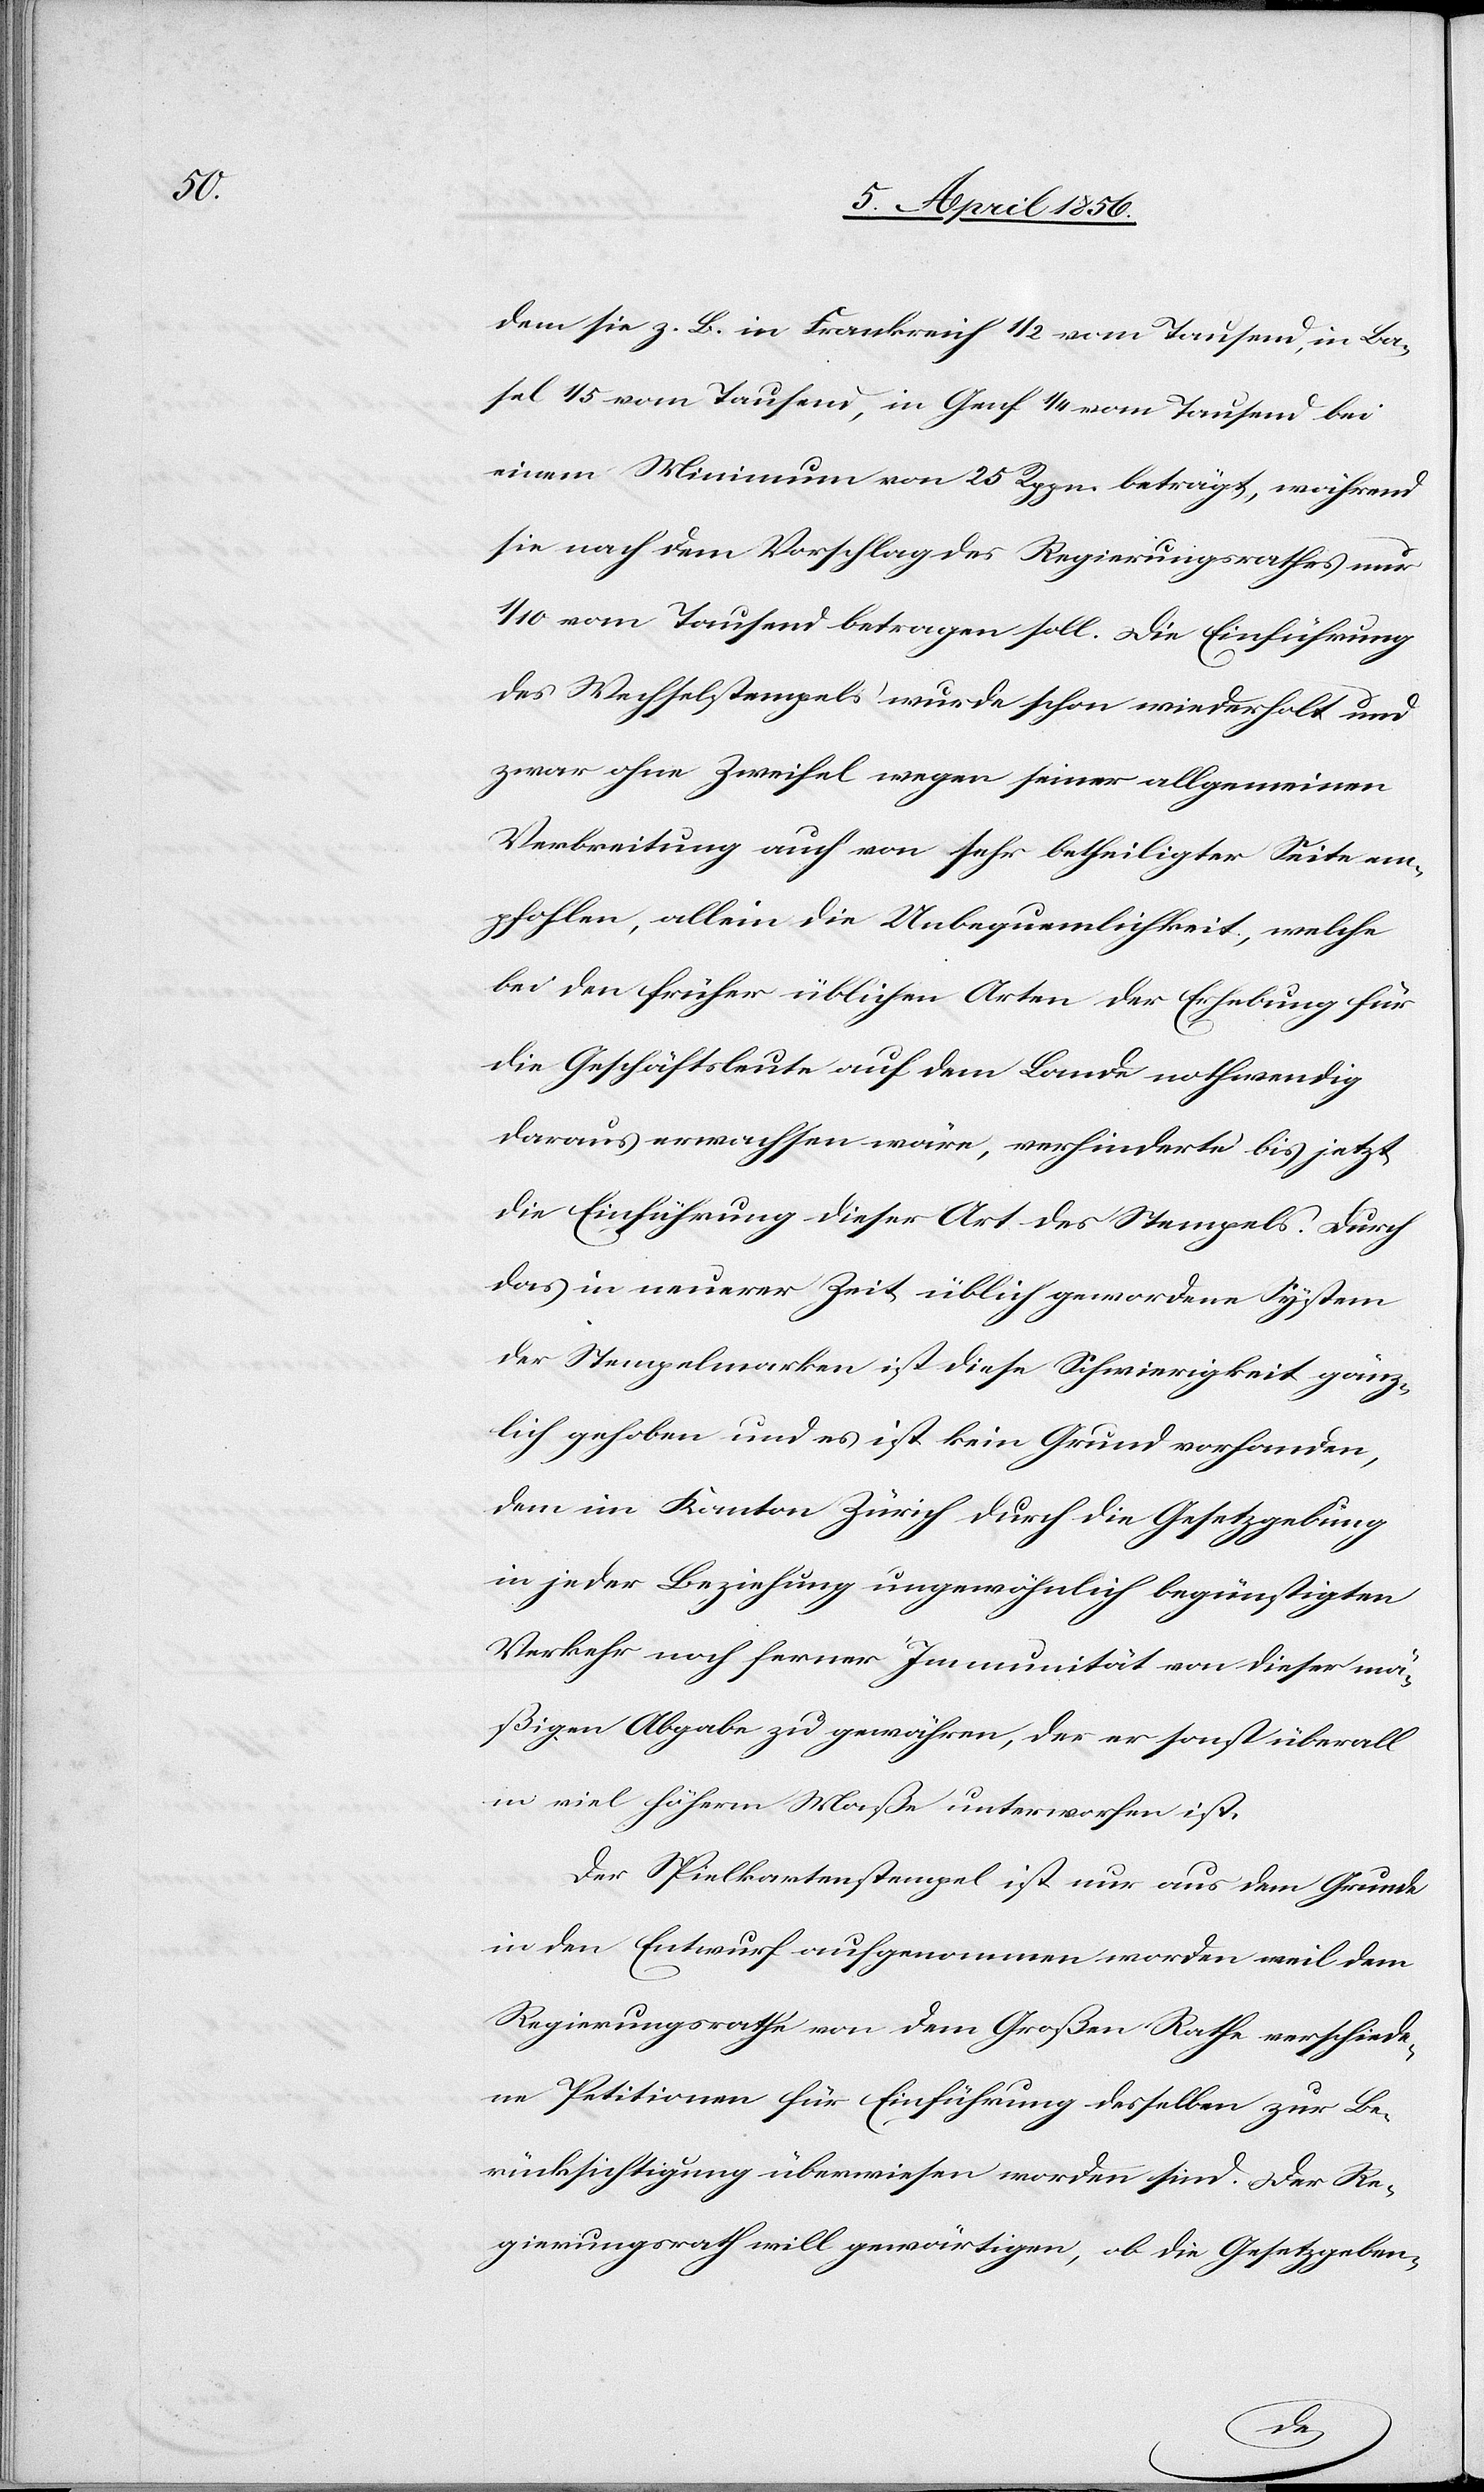
dem sie z. B. in Frankreich ½ vom Tausend, in Ba¬
sel 1/5 vom Tausend, in Genf ¼ vom Tausend bei
einem Minimum von 25 Rppn. beträgt, während
sie nach dem Vorschlag des Regierungsrathes nur
1/10 vom Tausend betragen soll. Die Einführung
des Wechselstempels wurde schon wiederholt und
zwar ohne Zweifel wegen seiner allgemeinen
Verbreitung auch von sehr betheiligter Seite em¬
pfohlen, allein die Unbequemlichkeit, welche
bei den früher üblichen Arten der Erhebung für
die Geschäftsleute auf dem Lande nothwendig
daraus erwachsen wäre, verhinderte bis jetzt
die Einführung dieser Art des Stempels. Durch
das in neuerer Zeit üblich gewordene System
der Stempelmarken ist diese Schwierigkeit gänz¬
lich gehoben und es ist kein Grund vorhanden,
dem im Kanton Zürich durch die Gesetzgebung
in jeder Beziehung ungewöhnlich begünstigten
Verkehr noch ferner Immunität von dieser mä¬
ßigen Abgabe zu gewähren, der er sonst überall
in viel höherm Maße unterworfen ist.
Der Spielkartenstempel ist nur aus dem Grunde
in den Entwurf aufgenommen worden weil dem
Regierungsrathe von dem Großen Rathe verschiede¬
ne Petitionen für Einführung desselben zur Be¬
rücksichtigung überwiesen worden sind. Der Re¬
gierungsrath will gewärtigen, ob die Gesetzgeben-